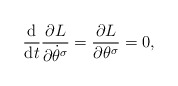
\begin{gather*} \frac{\mathrm{d}}{\mathrm{d}t} \frac{ \partial L }{ \partial \dot{\theta} ^\sigma } = \frac{ \partial L }{ \partial \theta ^\sigma } = 0,\end{gather*}